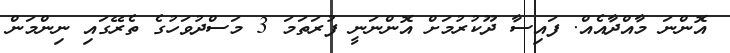
އޮންނަ މާއްދާއެއް. ފައިސާ ދޫކުރުމަށް އޮންނަނީ ފުރަތަމަ 3 މަސްދުވަހުގެ ތެރޭގައި ނިންމަން